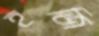
হজি